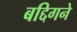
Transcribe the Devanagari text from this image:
बद्दिगने